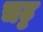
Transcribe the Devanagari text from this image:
चट्ट